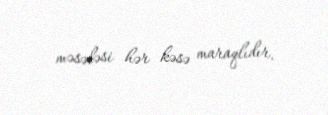
məsələsi hər kəsə maraqlıdır.